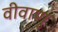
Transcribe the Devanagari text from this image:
वीवाणु